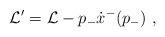
LaTeX: \begin{align*}{\cal L}^{\prime} = {\cal L } - p_- \dot{x}^- (p_- ) ~,\end{align*}